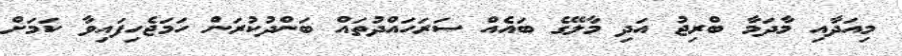
މިއަދާއި މާދަމާ ބްރިޖު އަދި މާލޭގެ ބައެއް ސަރަހައްދުތައް ބަންދުކުރަން ހަމަޖެހިފައިވާ ކަމަށް